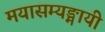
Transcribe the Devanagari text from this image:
मयासम्यङ्मायी